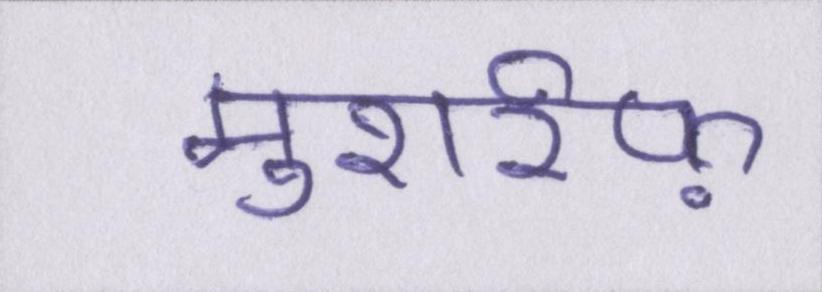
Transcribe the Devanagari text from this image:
मुशर्रफ़